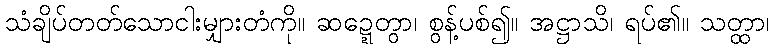
သံချိပ်တတ်သောငါးမျှားတံကို။ ဆဍ္ဍေတွာ၊ စွန့်ပစ်၍။ အဋ္ဌာသိ၊ ရပ်၏။ သတ္ထာ၊